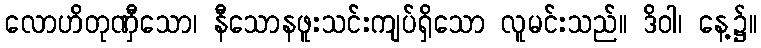
လောဟိတုဏှီသော၊ နီသောနဖူးသင်းကျပ်ရှိသော လူမင်းသည်။ ဒိဝါ၊ နေ့၌။